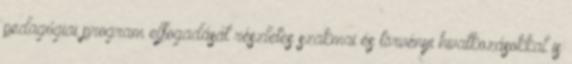
pedagógiai program elfogadását részletes szakmai és törvényi hivatkozásokkal is